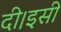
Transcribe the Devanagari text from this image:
दी।इसी